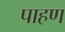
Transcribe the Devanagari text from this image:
पाहण